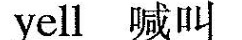
yell 喊叫